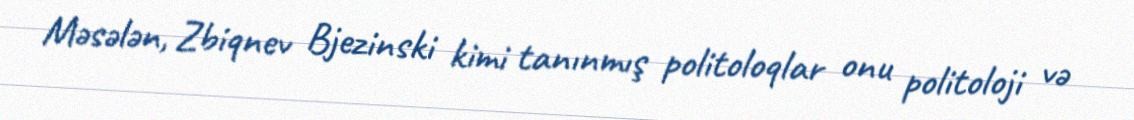
Məsələn, Zbiqnev Bjezinski kimi tanınmış politoloqlar onu politoloji və